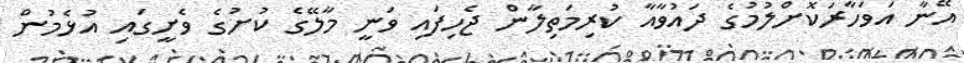
އޭނާ އަވަހާރަކޮށްލުމުގެ ދައުވާއާ ކުރިމަތިލާން ޖެހިފައި ވަނީ މާލޭގެ ކުށުގެ ވެށީގައި އުޅެމުން